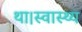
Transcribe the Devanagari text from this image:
था।स्वास्थ्य